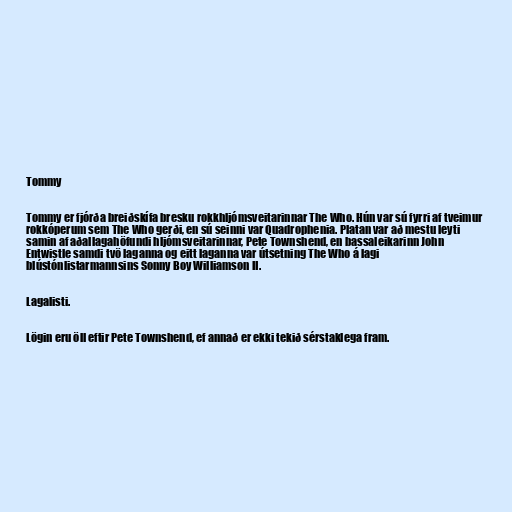
Tommy

Tommy er fjórða breiðskífa bresku rokkhljómsveitarinnar The Who. Hún var sú fyrri af tveimur
rokkóperum sem The Who gerði, en sú seinni var Quadrophenia. Platan var að mestu leyti
samin af aðallagahöfundi hljómsveitarinnar, Pete Townshend, en bassaleikarinn John
Entwistle samdi tvö laganna og eitt laganna var útsetning The Who á lagi
blústónlistarmannsins Sonny Boy Williamson II.

Lagalisti.

Lögin eru öll eftir Pete Townshend, ef annað er ekki tekið sérstaklega fram.